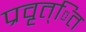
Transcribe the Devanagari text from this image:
प्रवृत्ित